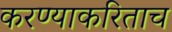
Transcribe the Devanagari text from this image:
करण्याकरिताच